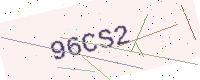
Text: 96CS2